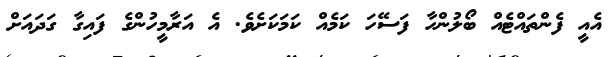
އެއީ ފެންތައްޓެއް ބޯލުންހާ ފަސޭހަ ކަމެއް ކަމަކަށެވެ. އެ އަރާމީހުންގެ ފައިގާ ގަދައަށް